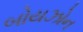
બોયઝોન